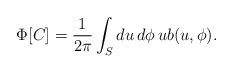
\begin{align*}\Phi[C]=\frac{1}{2\pi}\int_S du\,d\phi\, ub(u,\phi).\end{align*}